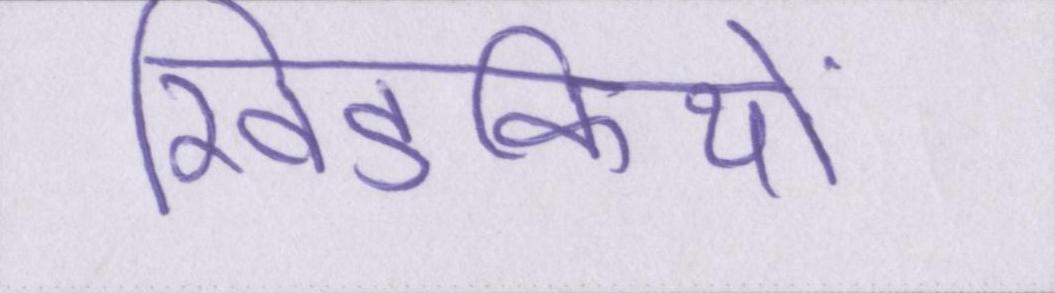
खिडकियों